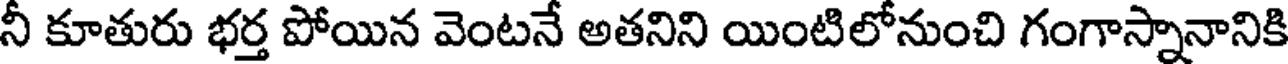
నీ కూతురు భర్త పోయిన వెంటనే అతనిని యింటిలోనుంచి గంగాస్నానానికి